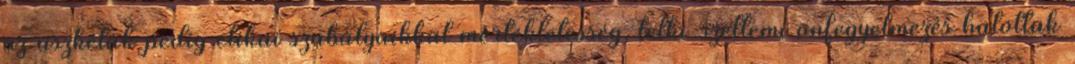
az aszkéták pedig etikai szabályaikkal mértékletesség, lelki-szellemi önfegyelmezés hatottak